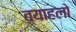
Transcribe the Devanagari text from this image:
ब्याहलो